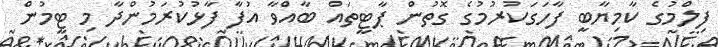
ފިލްމުގެ ކާމިޔާބީ ފާހަގަކުރުމުގެ ގޮތުން ޕާޓީތައް ބާއްވާ އުފާ ފާޅުކުރަމުންދާ މި ޓީމުން